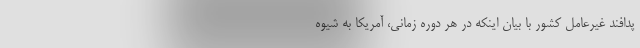
پدافند غیرعامل کشور با بیان اینکه در هر دوره زمانی، آمریکا به شیوه